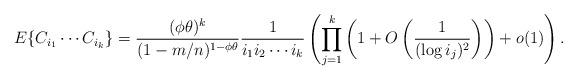
LaTeX: \begin{align*}E\{C_{i_1}\cdots C_{i_k} \} = \frac{(\phi \theta)^k}{(1-m/n)^{1-\phi \theta}}\frac{1}{i_1 i_2\cdots i_k}\left(\prod_{j=1}^k\left(1 + O\left(\frac{1}{(\log i_j)^2}\right)\right) +o(1)\right).\end{align*}